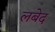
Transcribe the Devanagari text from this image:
लबेद